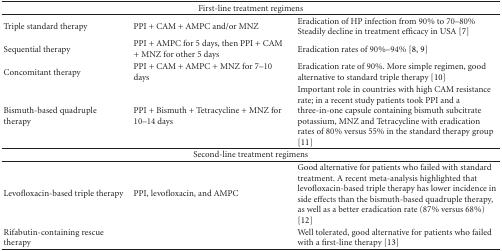
| <COLSPAN=3> First-line treatment regimens |
 | --- | --- | --- |
 | Triple standard therapy | PPI + CAM + AMPC and/or MNZ | Eradication of HP infection from 90% to 70–80% Steadily decline in treatment efficacy in USA [7] |
 | Sequential therapy | PPI + AMPC for 5 days, then PPI + CAM + MNZ for other 5 days | Eradication rates of 90%–94% [8, 9] |
 | Concomitant therapy | PPI + CAM + AMPC + MNZ for 7–10 days | Eradication rate of 90%. More simple regimen, good alternative to standard triple therapy [10] |
 | Bismuth-based quadruple therapy | PPI + Bismuth + Tetracycline + MNZ for 10–14 days | Important role in countries with high CAM resistance rate; in a recent study patients took PPI and a three-in-one capsule containing bismuth subcitrate potassium, MNZ and Tetracycline with eradication rates of 80% versus 55% in the standard therapy group [11] |
 | <COLSPAN=3> Second-line treatment regimens |
 | Levofloxacin-based triple therapy | PPI, levofloxacin, and AMPC | Good alternative for patients who failed with standard treatment. A recent meta-analysis highlighted that levofloxacin-based triple therapy has lower incidence in side effects than the bismuth-based quadruple therapy, as well as a better eradication rate (87% versus 68%) [12] |
 | Rifabutin-containing rescue therapy |  | Well tolerated, good alternative for patients who failed with a first-line therapy [13] |